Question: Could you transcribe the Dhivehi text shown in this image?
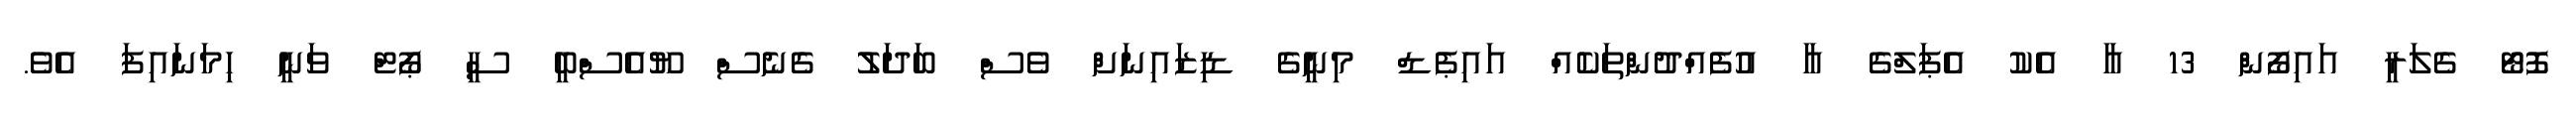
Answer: ފޮޓޯ ގެލަރީ އައިފޯން 13 އާ އެކު އެޕަލްގެ އާ އުފެއްދުންތަކެއް އައިޕެޑް މިނީގެ ޑިޒައިނަށް ވެސް ބަދަލު ގެނެސް ޔޫއެސްބީ ސީ ޕޯޓް ވަނީ ހިމަނައިފަ އެވެ.